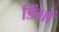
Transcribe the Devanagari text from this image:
डिंगों